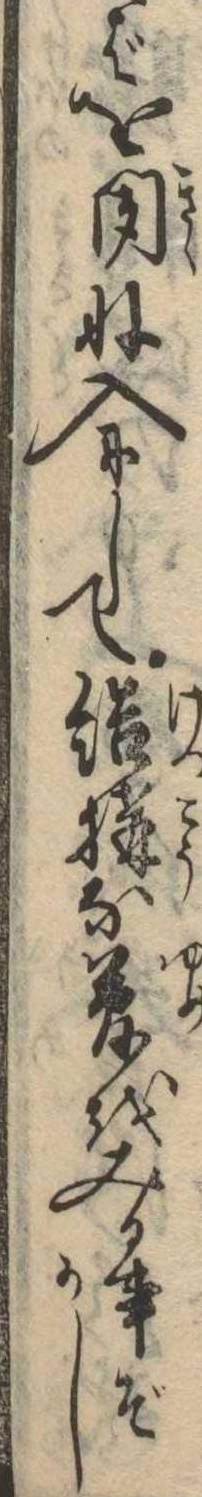
ばを聞ね入にして結構な夢をみる事ぞかし